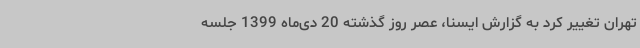
تهران تغییر کرد به گزارش ایسنا، عصر روز گذشته 20 دی‌ماه 1399 جلسه